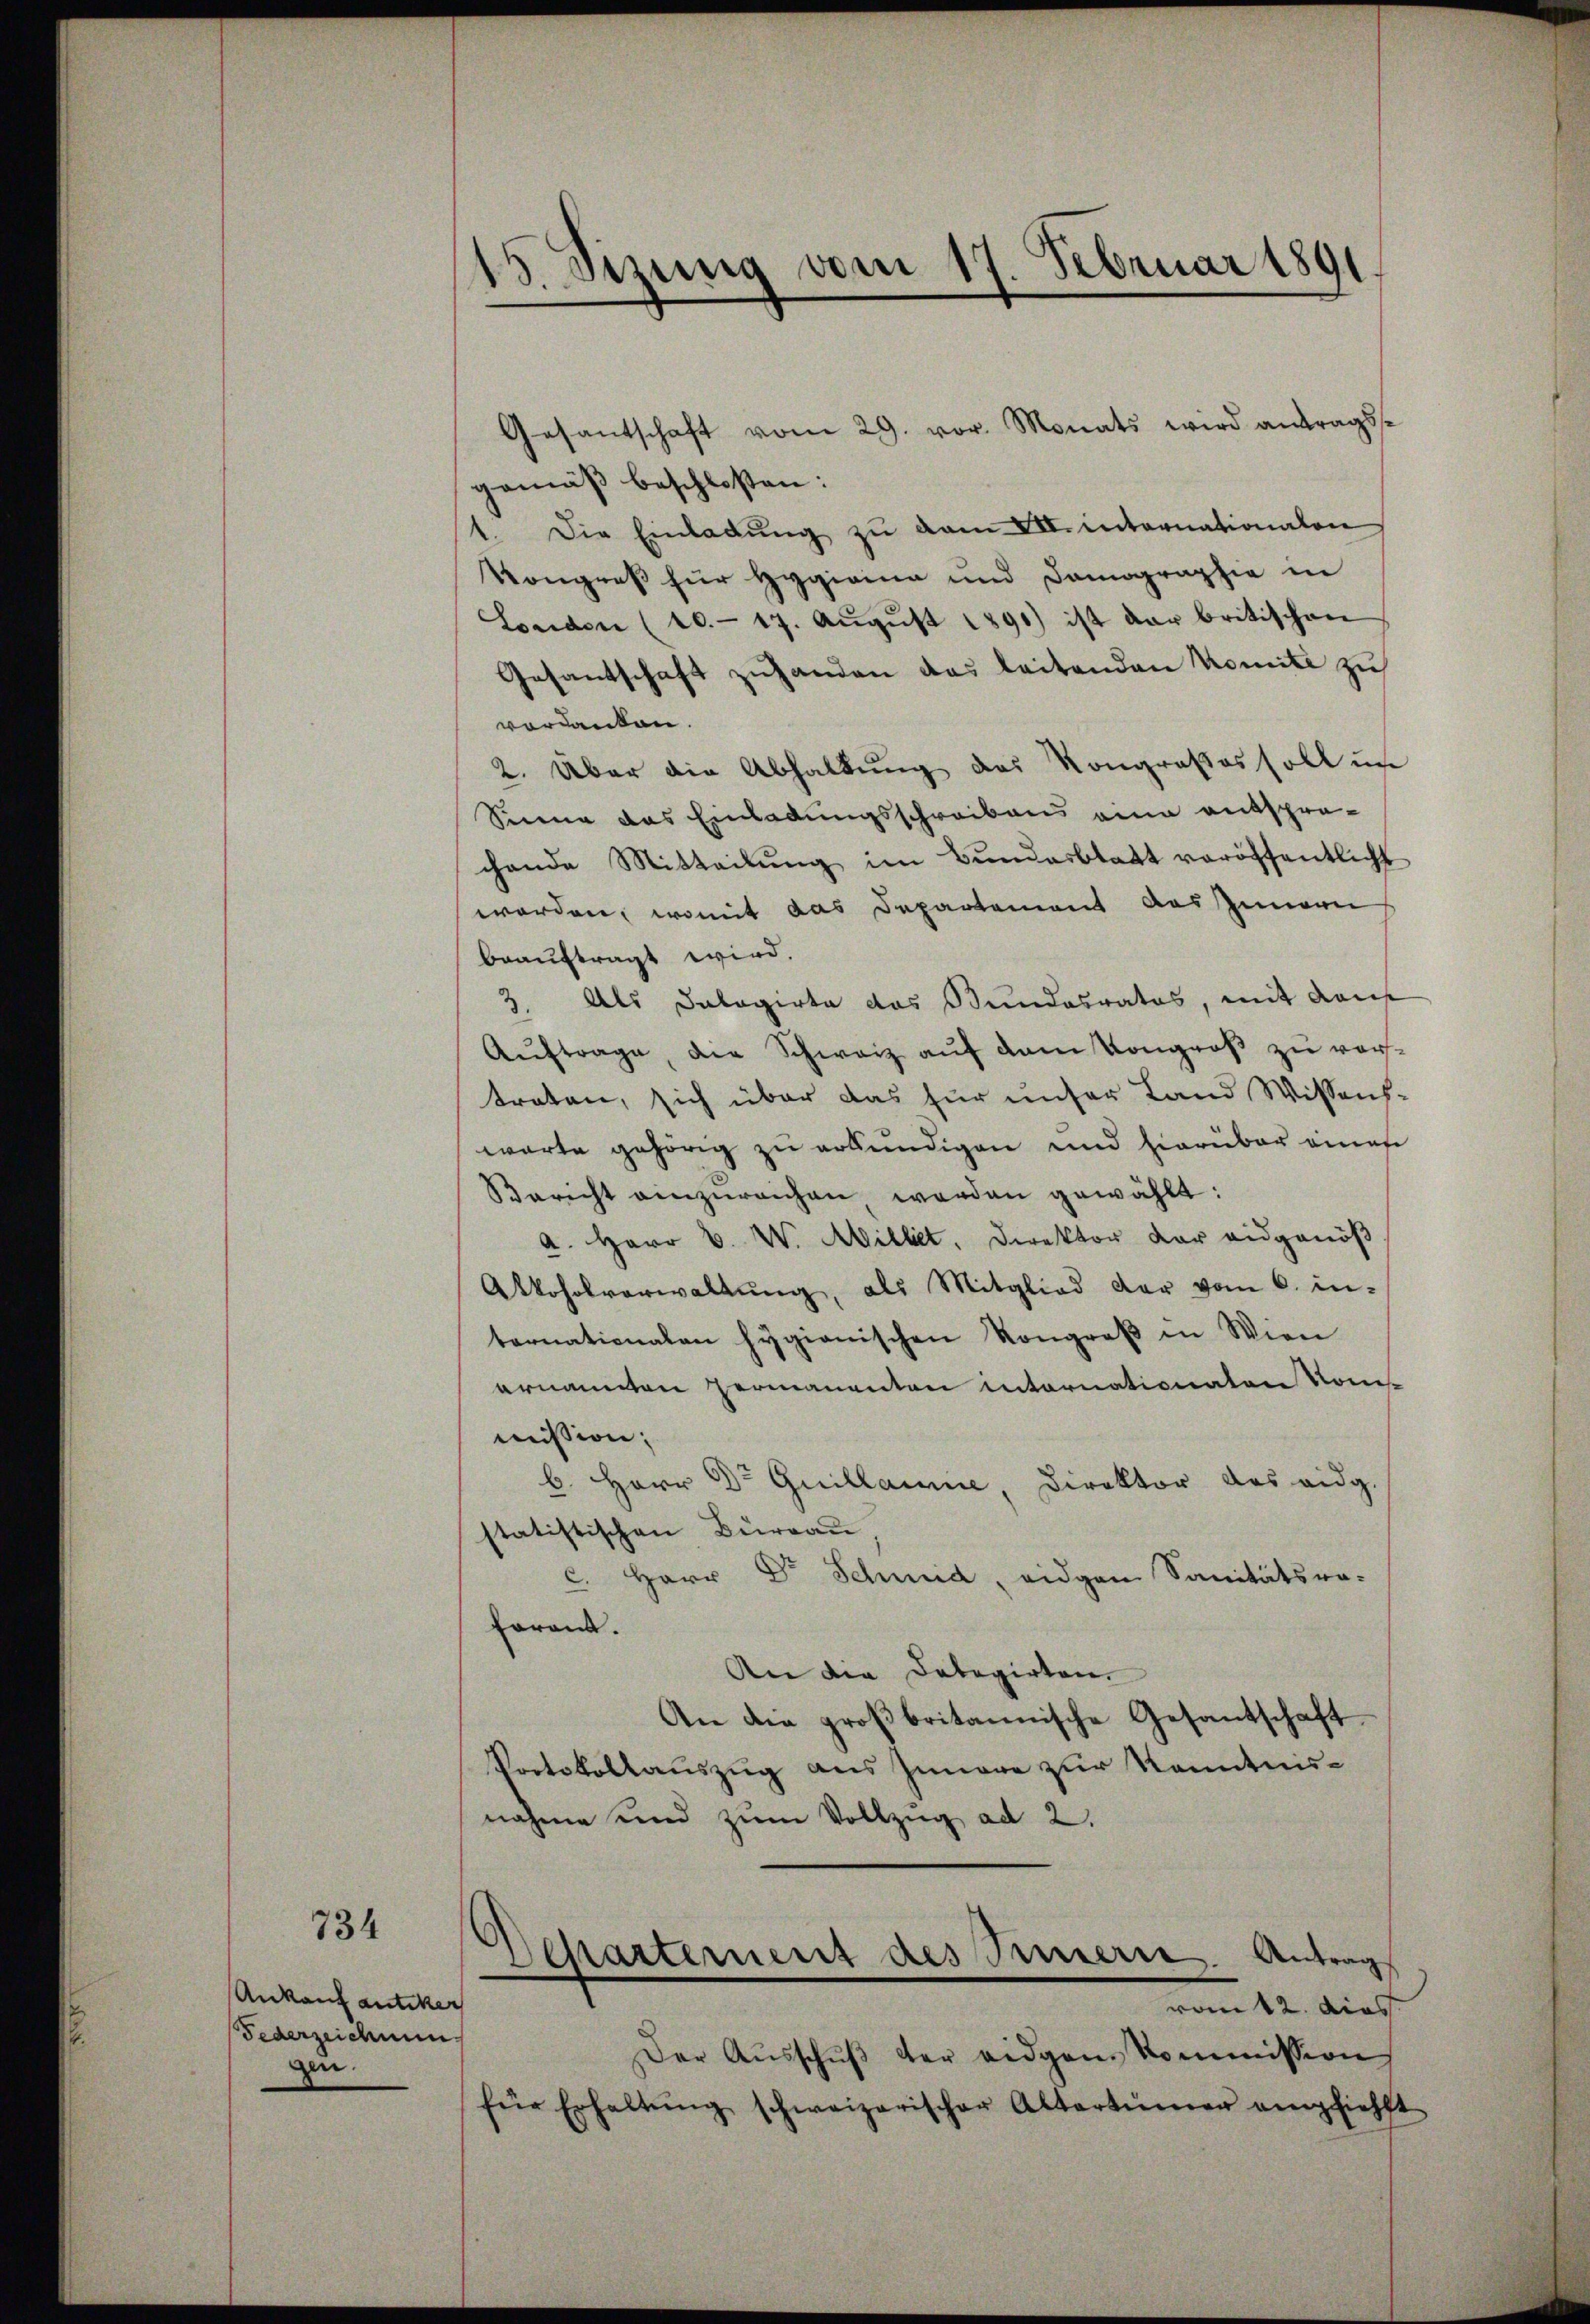
734

Ankauf antiker
Federzeichnung
zi.

Sizung vom 17. Februar 1891
¬

Gesantschaft vom 29. vor. Monats wird antragsgemäß beschlossen:
1. Die Einladŭng zŭ van VII. internationalen
Kongreß für Hygirina und Domographie in
London (10.- 17. Aŭgŭst 1891) ist dar britischen
Gesantschaft zuhanden das leitenden Komite zu
verdanken.
2. Über die Abhaltung des Kongroßes soll un
Sinne das Einladungsschreibens eine entsprechende Mitteilŭng im Bŭndesblatt veröffentlicht
worden, womit das Departement das Innern
beauftragt wird.
3. Als Dalagirte das Bundesrates, mit den
Aŭftrage, die Schweiz aŭf dem Kongroβ zŭ vertraten, sich über das für unser Land Wissens-
warte gehörig zu erkundigen und hierüber eines
Bericht einzŭreichen werden gewählt:
a. Herr V. W. Millet, Direktor der eidgenöß
Alkoholverwaltŭng, als Mitglied der vom 6. in-
ternationalen hygianischen Kongreβ in Wien
ernannten Hermanenten internationaten Kom-
mission;
b. Herr Dr Guillame, Direktor des eidg.
statistischen Burgau
c. Herr Dr Schmid, eidgen Sanitätsra-
foront.
An die Delegirten.
An die großbritannische Gesantschaft
Protokollauszug aus Innere zur Kenntnisnahme und zum Vollzug ad 2.
Departement des Simmern. Antrag
vom 12. dies
Der Aŭsschŭβ der eidgem Kommission
für Erhaltŭng schweizerischer Altertümer empfiehlt